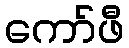
ကော်ဖီ